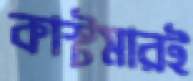
কাস্টমারই